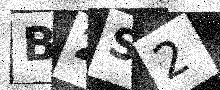
Text: B2S2